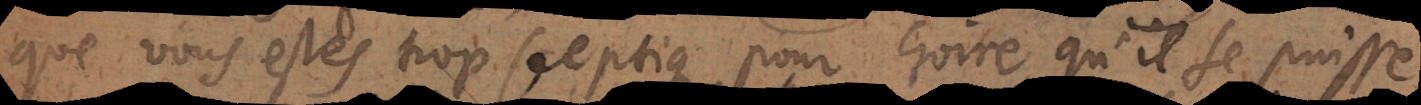
que vous estes trop sceptique pour croire qu’il se puisse